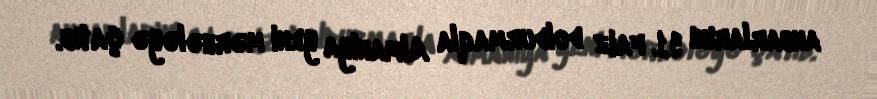
anbarlarını 91 faiz doldurmaqla Almaniya yeni mərhələyə çatıb.